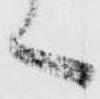
く